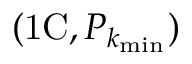
( \mathrm { 1 C } , P _ { k _ { \mathrm { m i n } } } )